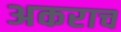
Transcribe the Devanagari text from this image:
अकराच